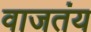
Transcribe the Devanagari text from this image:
वाजतंय